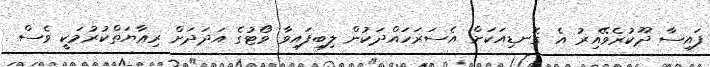
ފައިސާ ދޫކުރެވޭއިރު އެ ގޮނޑިއަކަށް އެސަރަހައްދަކުން ލިބިފައިވާ ވޯޓުގެ އަދަދަށް ރިޢާޔަތްކުރުމަކީ ވެސް